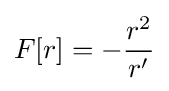
F[r]=-{\frac {r^{2}}{r'}}